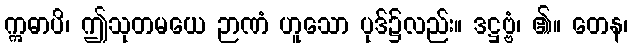
ဣဓာပိ၊ ဤသုတမယေ ဉာဏံ ဟူသော ပုဒ်၌လည်း။ ဒဋ္ဌဗ္ဗံ၊ ၏။ တေန၊